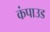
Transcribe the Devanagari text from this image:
कंपाउड